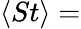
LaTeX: \langle St\rangle=